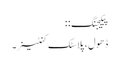
پیکیجنگ: :
ڈھول ، پلاسٹک کنٹینر۔